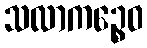
သလာကဉ္စေဝ